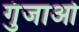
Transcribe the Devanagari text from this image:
गुंजाओ